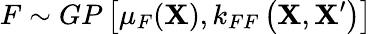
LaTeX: F\sim GP\left[\mu_{F}(\mathbf{X}),k_{FF}\left(\mathbf{X},\mathbf{X}^{\prime}\right)\right]